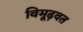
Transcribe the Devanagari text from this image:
विमूढ़वत